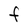
Character: F